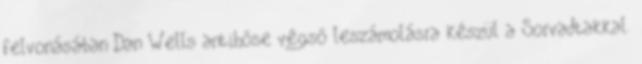
felvonásában Dan Wells antihőse végső leszámolásra készül a Sorvadtakkal.